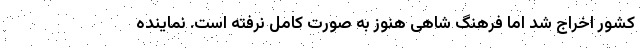
کشور اخراج شد اما فرهنگ شاهی هنوز به صورت کامل نرفته است. نماینده